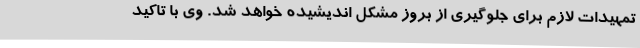
تمهیدات لازم برای جلوگیری از بروز مشکل اندیشیده خواهد شد. وی با تاکید